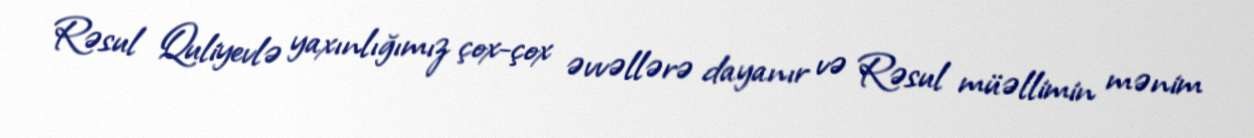
Rəsul Quliyevlə yaxınlığımız çox-çox əvvəllərə dayanır və Rəsul müəllimin mənim